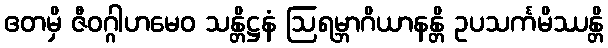
ဧတမှိ ဇီဝဂ္ဂါဟမေဝ သန္တိဋ္ဌနံ ဩရမ္ဘာဂိယာနန္တိ ဥပသင်္ကမိဿန္တိ